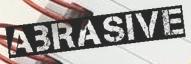
ABRASIVE